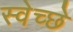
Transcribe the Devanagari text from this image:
स्वेच्छे